Statistical return of the lunatic asylum in Assam - 1912-1932
Year: 1912
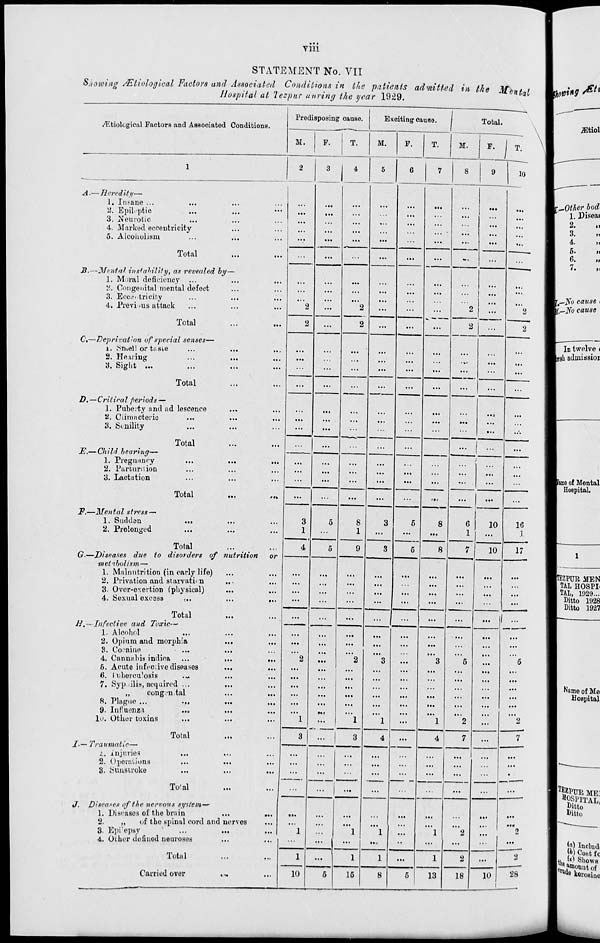
viii
STATEMENT No. VII
Showing /Etiological Factors and Associated Conditions in the patients admitted in the M
Hospital at 'lezpur waring the year 1929.
cental
i
,
Prodisposing cause.
Exciting cause.
1
Total.
/Etiological Factors and Associated Conditions
M.
F.
T.
M.
F.
T.
M.
F. 1,
1
2
3
4
5
6
7
8
9
10
A.—Heredity—
1. IiiJ-ane ...
...
...
...
...
...
2. Epileptic
...
...
...
3. Neurotic
>..
...
4. Marked eccentricity
...
5. Alcoholism
...
•••
...
...
...
...
...
...
...
Total
...
...
...
...
- I
~
S.—Mcnta? instability, as revealed by—
—
1. Moral deficiency ...
...
2. Congenital mental defect
...
S. Eccentricity
...
...
...
/ •••
4. Previous attack
...
2
...
2
...
...
...
2
...
2
Total
...
2
...
2
...
...
...
2
...
2
C.—Deprivation of special senses—
i. ;Smel! or taste
...
...
...
2. Hearing
...
...
3. Sight •••
...
...
...
...
...
...
...
...
...
...
...
Total
...
...
...
...
...
...
D.—Critical periods —
1. Pubeity and ad lescence
...
...
...
.,
2. Climacteric
...
...
3. Senility
...
...
._
...
..*.
Total
JE\—Child bearing—
1. Pregnancy
...
...
...
■
2. Partuniion
...
...
13. Lactation
rtt
...
...
...
...
...
...
...
,..
Total
...
...
...
...
...
...
...
...
...
F.—Mental sfi'css-~
1. Sudden
...
.. .
3
5
8
3
5
8
6
10
16
2. Prolonged
1
...
1
...
5
...
1
. 1
Total
4
5
9
3
8
7
10
17
G-—Diseases due to disorders of nutrition
■ metihulism—
or
*—
1. Malnutrition (in early life)
...
...
...
...
2. Privation and starvation
...
...
...
...
3. Over-e\ertion (physical)
...
...
4. Sexual excess
:t .
...
...
...
...
...
...
...
...
...
...
Total
...
...
...
H.— Infective and Toxic—
1. Alcohol
i .
...
...
...
2. Opium and morphia
...
...
...
...
...
...
...
...
8. Cocaine
...
...
...
4. Cannahis indioa
...
2
...
2
3
3
5
5
6. Acute iufcciive diseases
...
...
...
...
...
...
...
...
• ••
fi. (nbercu'osis
.*.
...
...
...
...
7. Syp.iilis, acquired ...
...
...
...
...
...
...
...
,,
congenital
...
...
...
...
...
...
...
...
...
...
8. Plague ...
...
...
...
...
...
...
...
...
...
...
...
9- Influenza
••■
...
...
Ml
...
...
...
...
...
lu. Other toxins
•..
1
1
1
...
1
2
...
2
Total
J.—Traumatic—
i. injuries
...
...
3
3
4
...
4
7
...
7
...
...
...
2. Operations
...
...
...
...
3. Sunstroke
...
...
...
...
...
...
...
...
...
•
To'al
...
...
... | ...
...
...
...
...
...
J. Diseases of the nervous system—
1. Diseases of the brain
Mi
...
...
...
...
...
2.
„
of the spinal cord and nerves
...
...
...
...
...
3. Epilepsy
...
1
...
1
1
...
1
2
2
4. Other defined neuroses
...
...
...
...
....
••
...
...
...
...
Total
1
1
1
...
1
2
...
2
Carried over
M
10
6
15
8
5
13
18
10
1
28